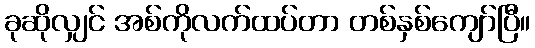
ခုဆိုလျှင် အစ်ကိုလက်ထပ်တာ တစ်နှစ်ကျော်ပြီ။